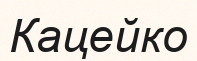
Кацейко